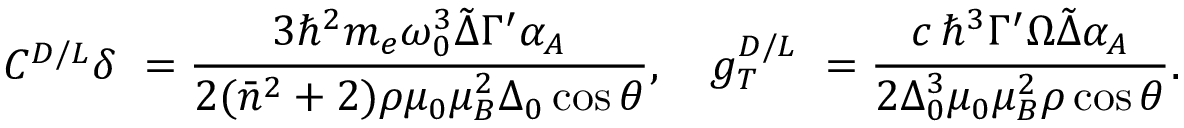
C ^ { D / L } \delta \ = \frac { 3 \hbar ^ { 2 } m _ { e } \omega _ { 0 } ^ { 3 } \tilde { \Delta } \Gamma ^ { \prime } \alpha _ { A } } { 2 ( \bar { n } ^ { 2 } + 2 ) \rho \mu _ { 0 } \mu _ { B } ^ { 2 } \Delta _ { 0 } \cos { \theta } } , \quad g _ { T } ^ { D / L } \ = \frac { c \, \hbar ^ { 3 } \Gamma ^ { \prime } \Omega \tilde { \Delta } \alpha _ { A } } { 2 \Delta _ { 0 } ^ { 3 } \mu _ { 0 } \mu _ { B } ^ { 2 } \rho \cos { \theta } } .